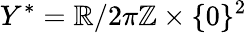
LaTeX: Y^{*}=\mathbb{R}/2\pi\mathbb{Z}\times\{ 0\} ^{2}